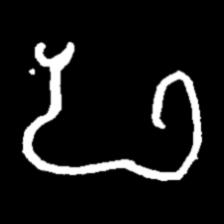
Pyu character \u2014 Myanmar letter: ဖ (romanized: pha)